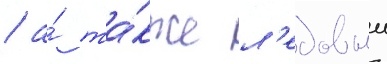
/ а́ та́кже л'едовыи